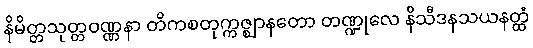
နိမိတ္တသုတ္တဝဏ္ဏနာ တိကစတုက္ကဇ္ဈာနတော တဏ္ဍုလေ နိသီဒနသယနတ္ထံ